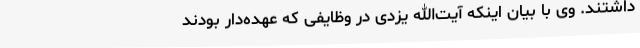
داشتند. وی با بیان اینکه آیت‌الله یزدی در وظایفی که عهده‌دار بودند